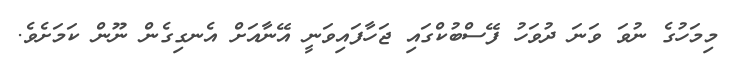
މިމަހުގެ ނުވަ ވަނަ ދުވަހު ފޭސްބުކްގައި ޖަހާފައިވަނީ އޭނާއަށް އެނގިގެން ނޫން ކަމަށެވެ.